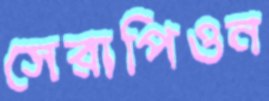
সেরাপিওন